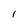
Character: 1